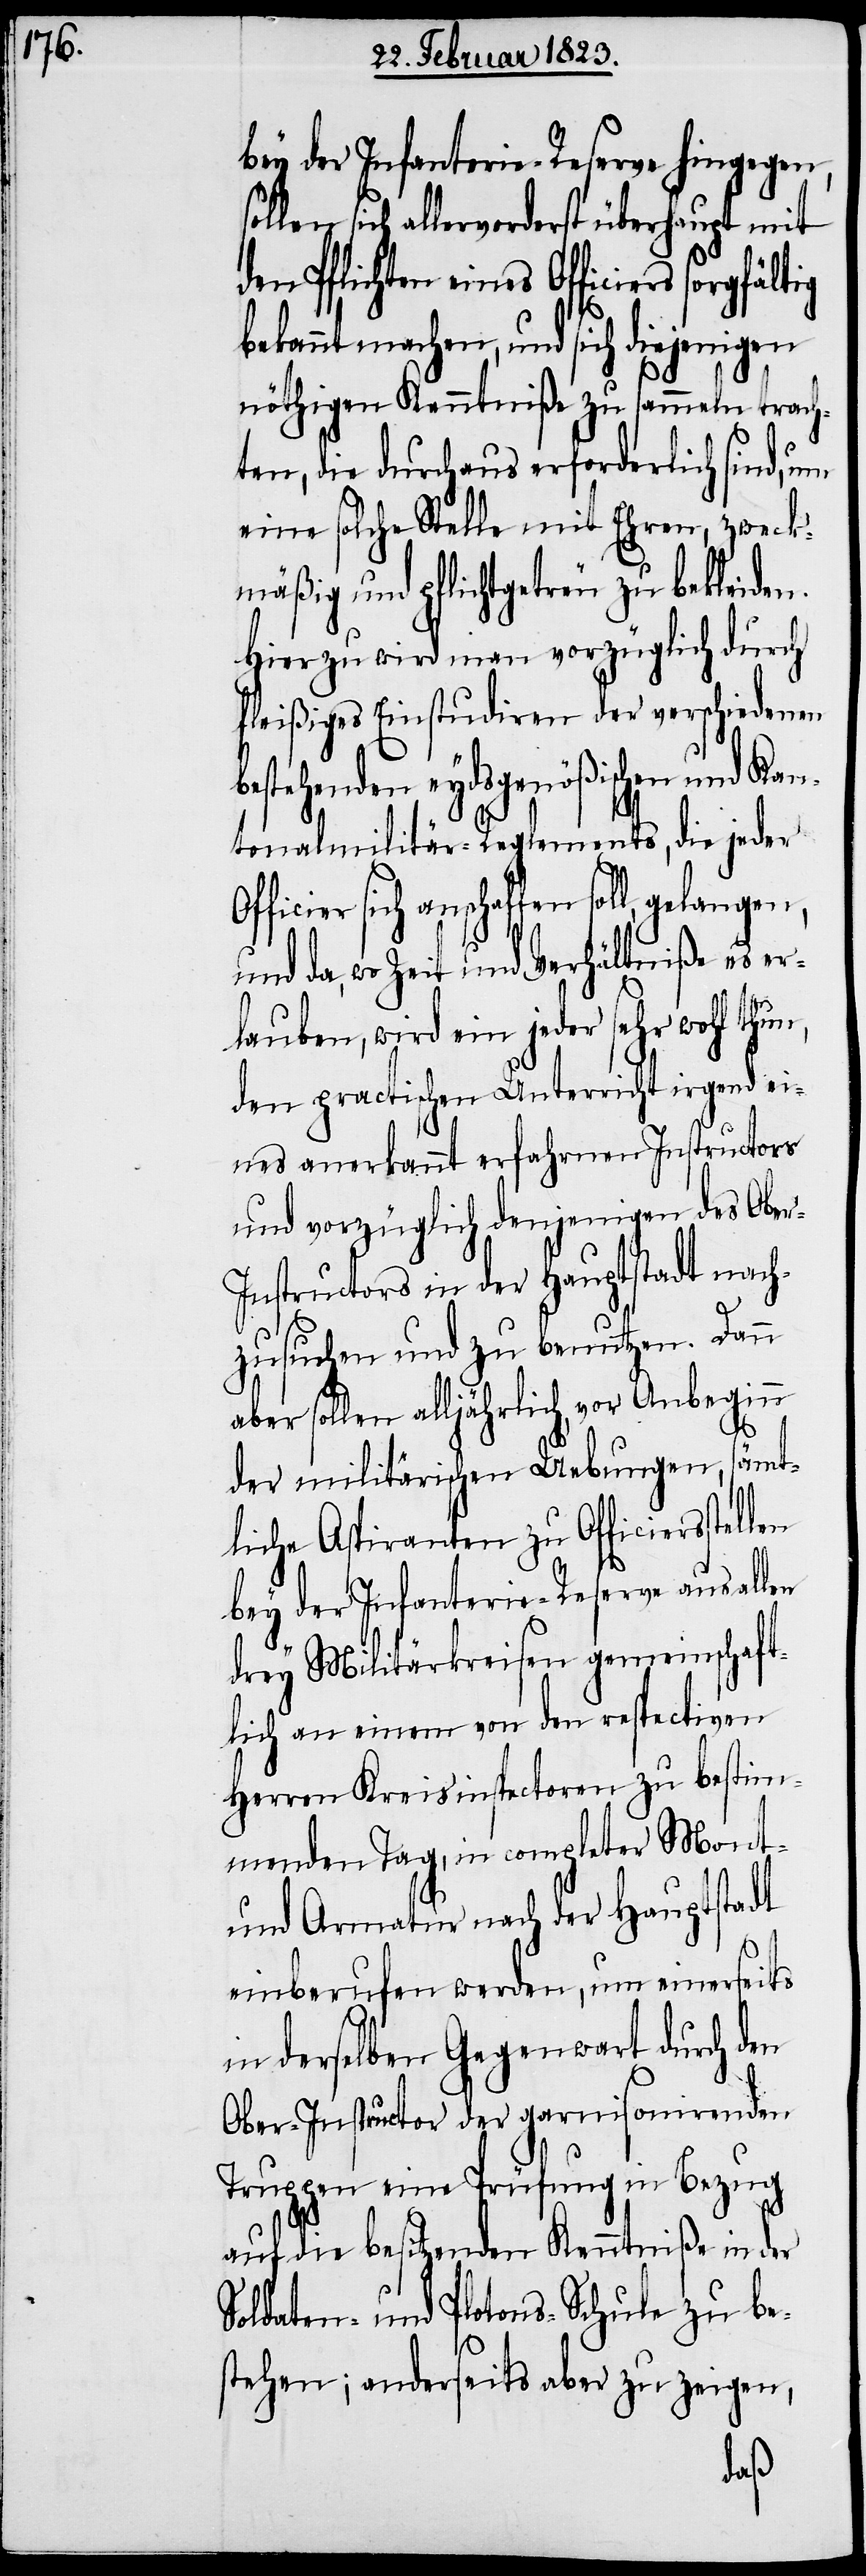
bey der Infanterie-Reserve hingegen,
ollen sich allervorderst überhaupt mit
den Pflichten eines Officie¬
bekannt machen, und sich diejenigen
nöthigen Kenntniße zu sammeln trach¬
ten, die durchaus erforderlich sind, um
eine solche Stelle mit Ehren, zweck¬
mäßig und pflichtgetreu zu bekleiden.
Hierzu wird man vorzüglich durch
fleißiges Einstudiren der verschiedenen
estehenden eydsgenößischen und Kan¬
tonalmilitär-Reglements, die jeder
sich anschaffen soll, gelangen,
und da, wo Zeit und Verhältniße es er¬
lauben, wird ein jeder sehr wohl thun,
den practischen Unterricht irgend ei¬
nes anerkannt erfahrnen Instructors
und vorzüglich denjenigen des Obe¬
r-Instructors in der Hauptstadt nach¬
len
zusuchen und zu benutzen. Dann
aber sollen alljährlich, vor Anbeginn
der militärischen Uebungen, sämt¬
liche Aspiranten zu Officiersstel¬
bey der Infanterie-Reserve aus allen
drey Militärkreisen gemeinschaft¬
lich an einem von den respectiven
Herren Kreisinspectoren zu bestim¬
menden Tag, in completer Mont-
und Armatur nach der Hauptstadt
einberufen werden, um einerseits
in derselben Gegenwart durch den
Ober-Instructor der garnisonirenden
Truppen eine Prüfung in Bezug
auf die besitzenden Kenntniße in der
Soldaten- und Plotons-Schule zu be¬
stehen; anderseits aber zu zeigen,